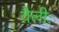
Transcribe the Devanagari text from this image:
वैलीः